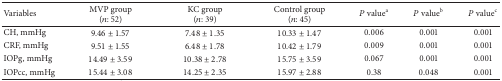
<table><thead><tr><td><b>Variables</b></td><td><b>MVP group (<i>n</i>: 52)</b></td><td><b>KC group (<i>n</i>: 39)</b></td><td><b>Control group (<i>n</i>: 45)</b></td><td><b><i>P</i> value<sup>a</sup></b></td><td><b><i>P</i> value<sup>b</sup></b></td><td><b><i>P</i> value<sup>c</sup></b></td></tr></thead><tbody><tr><td>CH, mmHg </td><td>9.46 ± 1.57</td><td>7.48 ± 1.35</td><td>10.33 ± 1.47</td><td>0.006</td><td>0.001</td><td>0.001</td></tr><tr><td>CRF, mmHg</td><td>9.51 ± 1.55</td><td>6.48 ± 1.78</td><td>10.42 ± 1.79</td><td>0.009</td><td>0.001</td><td>0.001</td></tr><tr><td>IOPg, mmHg</td><td>14.49 ± 3.59</td><td>10.38 ± 2.78</td><td>15.75 ± 3.59</td><td>0.067</td><td>0.001</td><td>0.001</td></tr><tr><td>IOPcc, mmHg</td><td>15.44 ± 3.08</td><td>14.25 ± 2.35</td><td>15.97 ± 2.88</td><td>0.38</td><td>0.048</td><td>0.001</td></tr></tbody></table>